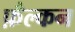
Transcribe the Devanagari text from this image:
फ़ैल्कन